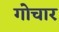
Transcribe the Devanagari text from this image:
गोचार